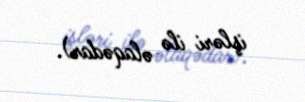
işləri ilə əlaqədar).